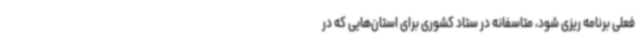
فعلی برنامه ریزی شود، متاسفانه در ستاد کشوری برای استان‌هایی که در